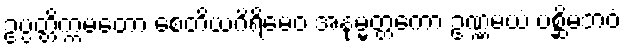
ဥပ္ပတ္တိက္ကမတော စေတိယဂိရိမေဝ အနုမ္မတ္တကော ဥဏ္ဏမယံ ပစ္ဆိမဘဝံ